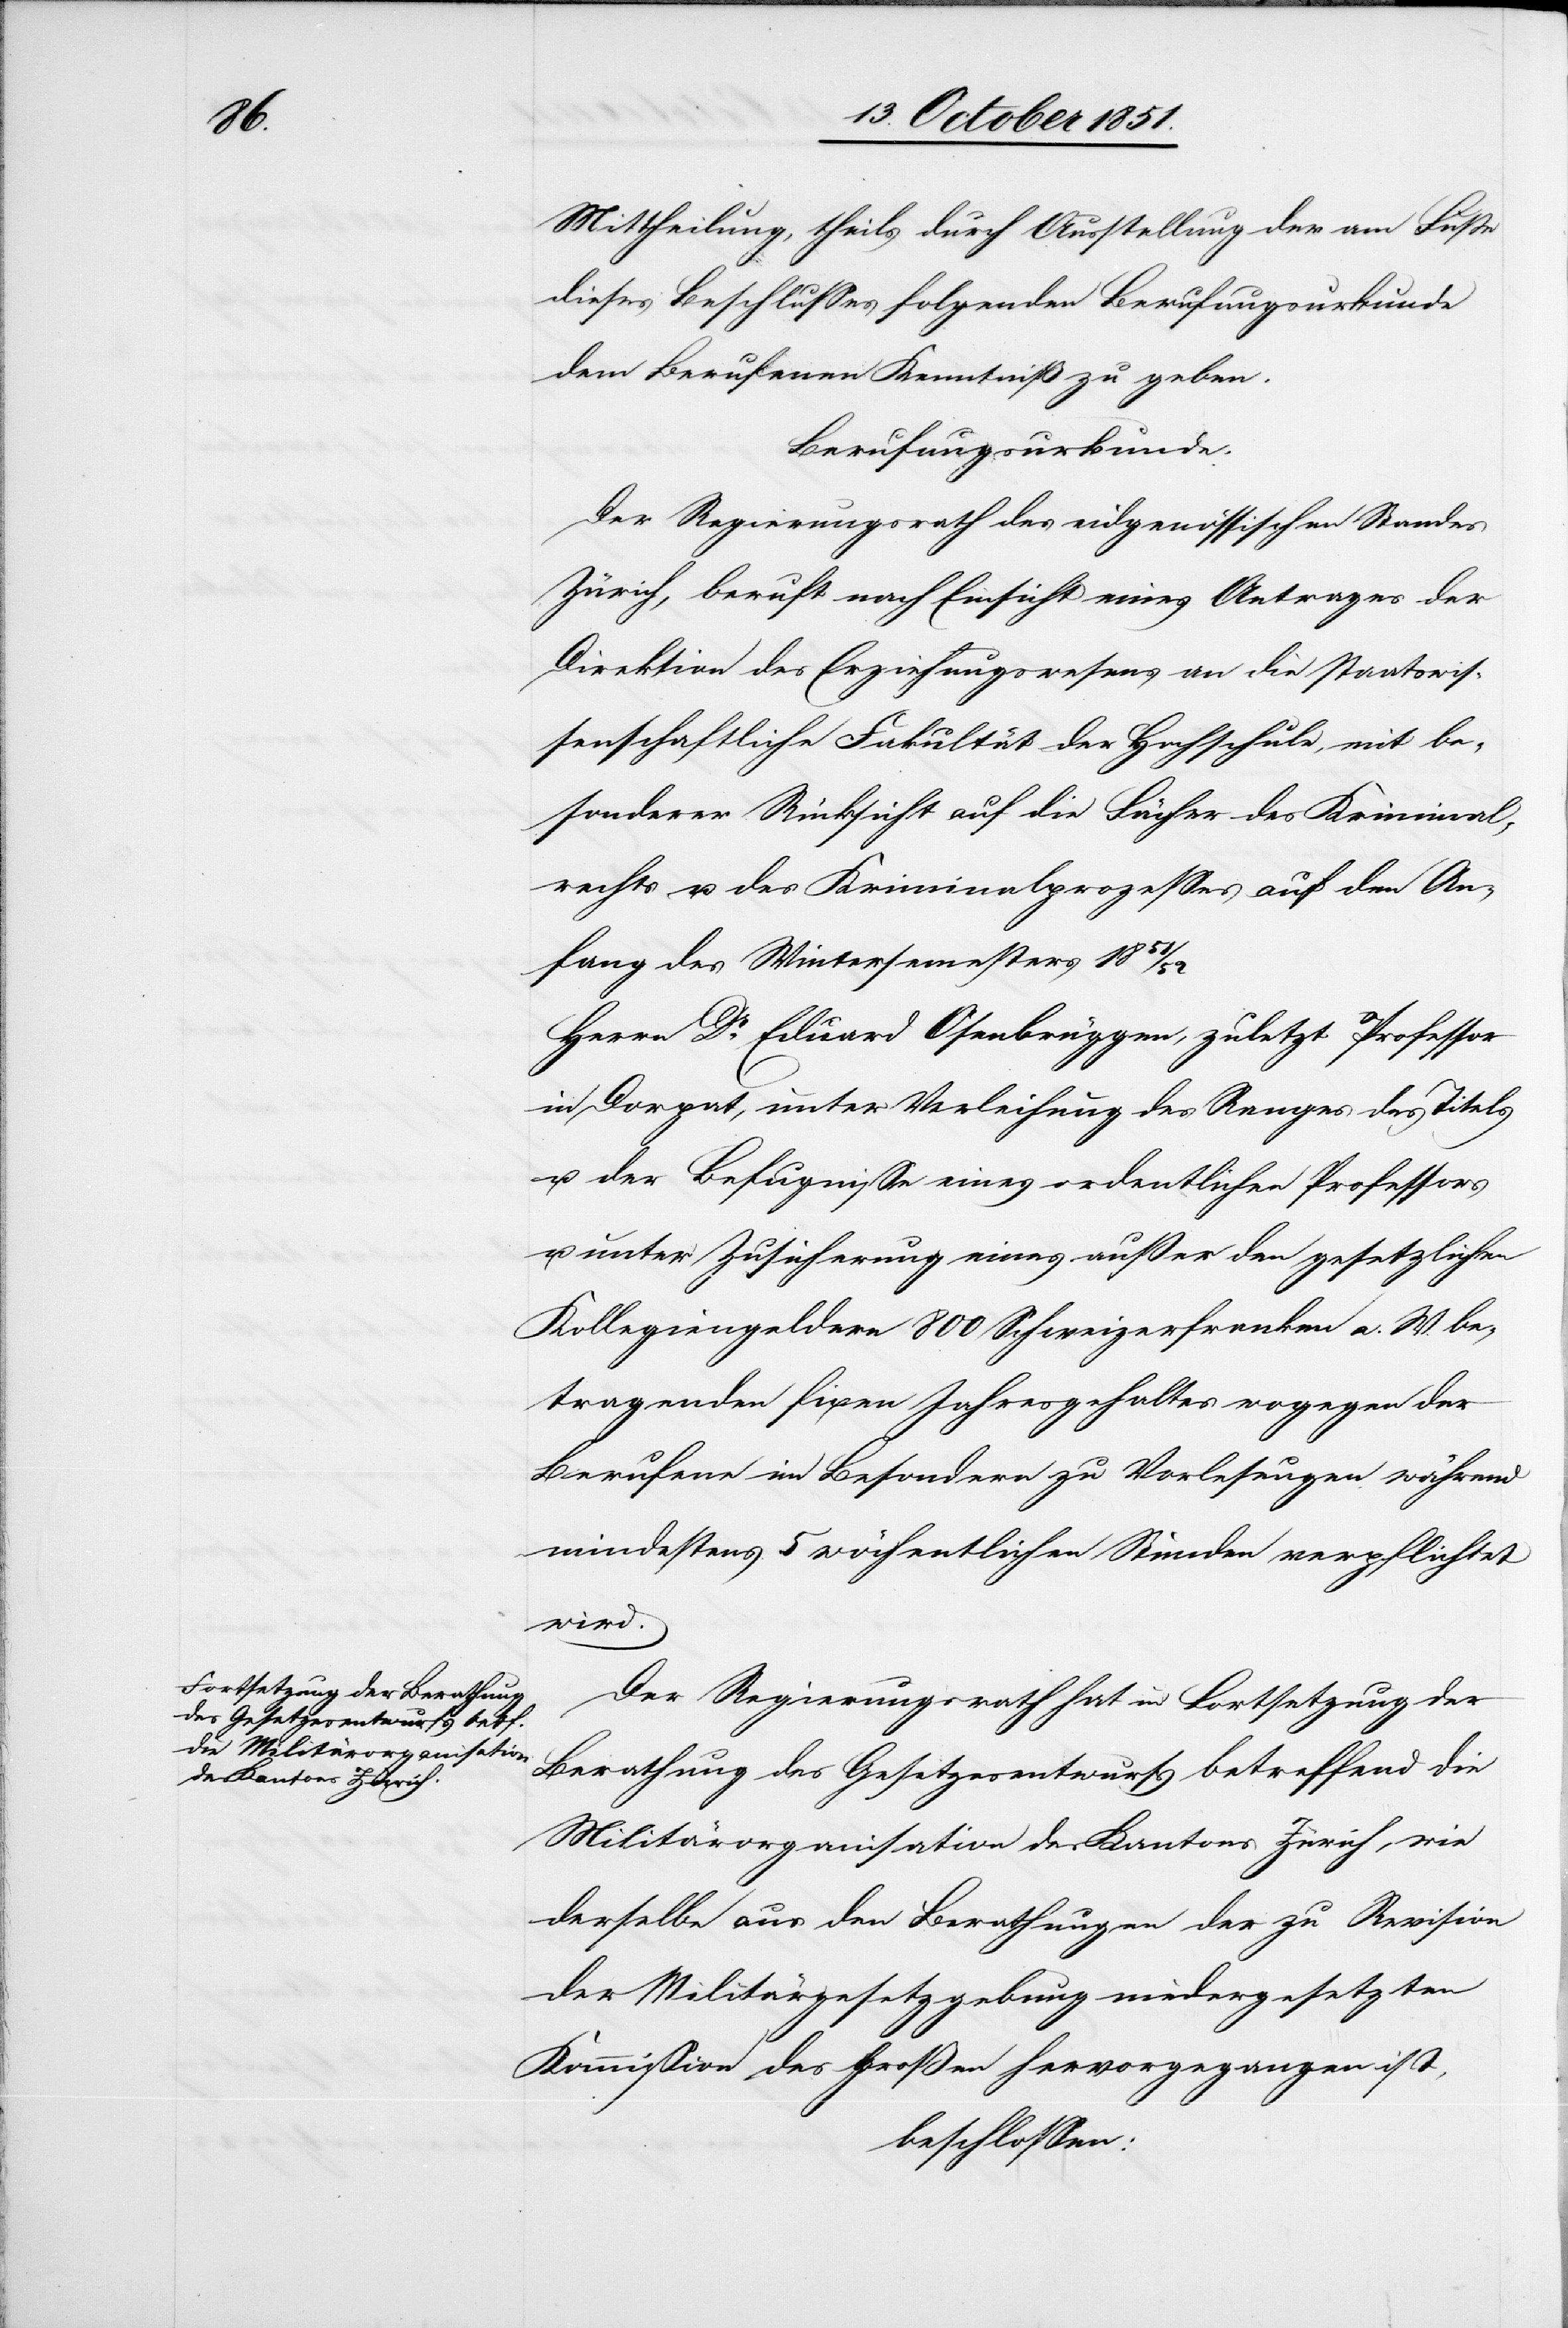
Mittheilung, theils durch Ausstellung der am Fuße
dieses Beschlusses folgenden Berufungsurkunde
dem Berufenen Kenntniß zu geben.
Berufungsurkunde.
Der Regierungsrath des eidgenössischen Standes
Zürich, beruft nach Einsicht eines Antrages der
Direktion des Erziehungswesens an die staatswis¬
senschaftliche Fakultät der Hochschule, mit be¬
sonderer Rücksicht auf die Fächer des Kriminal¬
rechts u. des Kriminalprozesses auf den An¬
fang des Wintersemesters 1851/52
Herrn Dr. Eduard Osenbrüggen, zuletzt Professor
in Dorpat, unter Verleihung des Ranges[,] des Titels
u. der Befugnisse eines ordentlichen Professors
unter Zusicherung eines außer den gesetzlichen
Kollegiengeldern 800 Schweizerfranken a. W. be¬
tragenden fixen Jahresgehaltes wogegen der
Berufene im Besondern zu Vorlesungen während
mindestens 5 wöchentlichen Stunden verpflichtet
wird.
Der Regierungsrath hat in Fortsetzung der
Berathung des Gesetzesentwurfs betreffend die
Militärorganisation des Kantons Zürich, wie
derselbe aus den Berathungen der zu Revision
der Militärgesetzgebung niedergesetzten
Kommission des Großen [Rathes] hervorgegangen ist,
beschlossen: